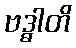
ဗဒ္ဓါတိ